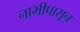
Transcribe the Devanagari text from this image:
नाभीपासून